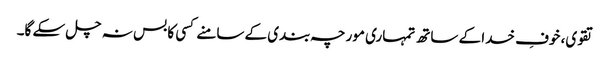
تقوی، خوفِ خدا کے ساتھ تمہاری مورچہ بندی کے سامنے کسی کا بس نہ چل سکے گا۔